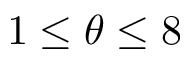
1 \leq \theta \leq 8